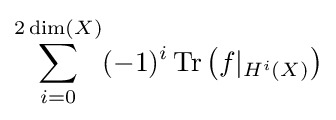
\sum _{i=0}^{2\dim(X)}(-1)^{i}\operatorname {Tr} \left(f|_{H^{i}(X)}\right)